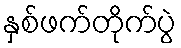
နှစ်ဖက်တိုက်ပွဲ